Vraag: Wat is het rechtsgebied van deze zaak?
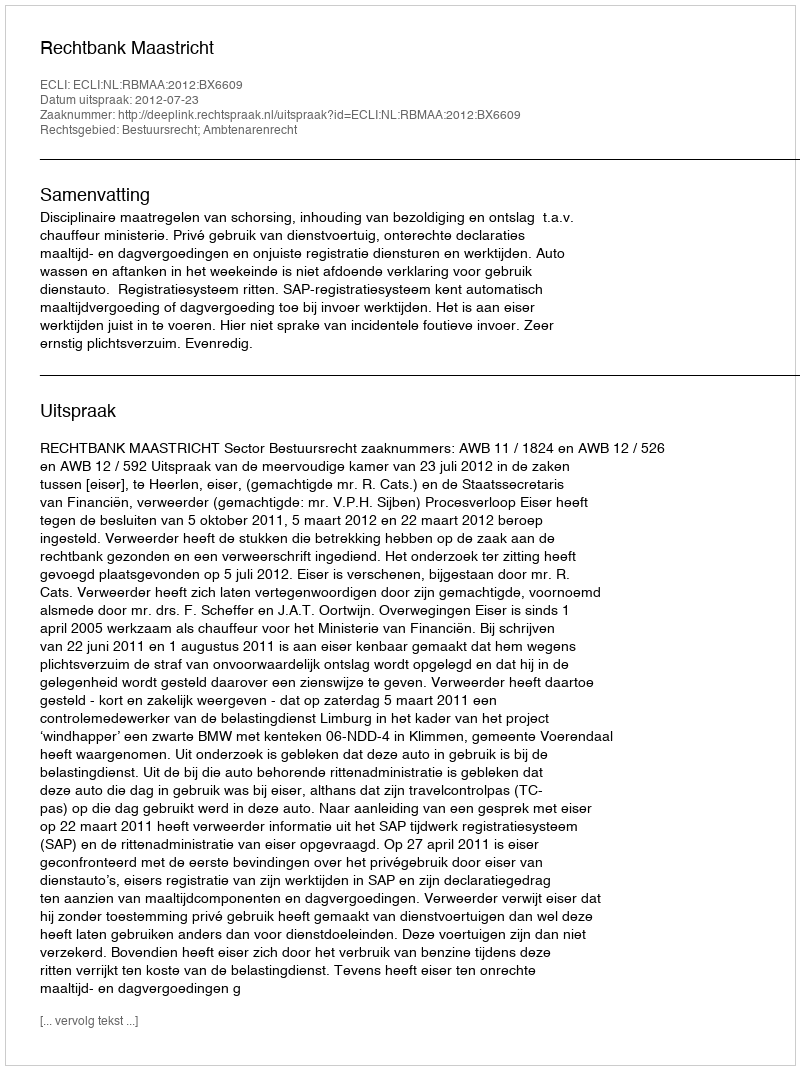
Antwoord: Bestuursrecht; Ambtenarenrecht